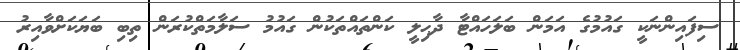
ސިފައިންނަކީ ގައުމުގެ އަމަން ބަލަހައްޓާ ދާޙިލީ ކަންތައްތަކުން ގައުމު ސަލާމަތްކުރަން ތިބި ބަޔަކަށްވާއިރު